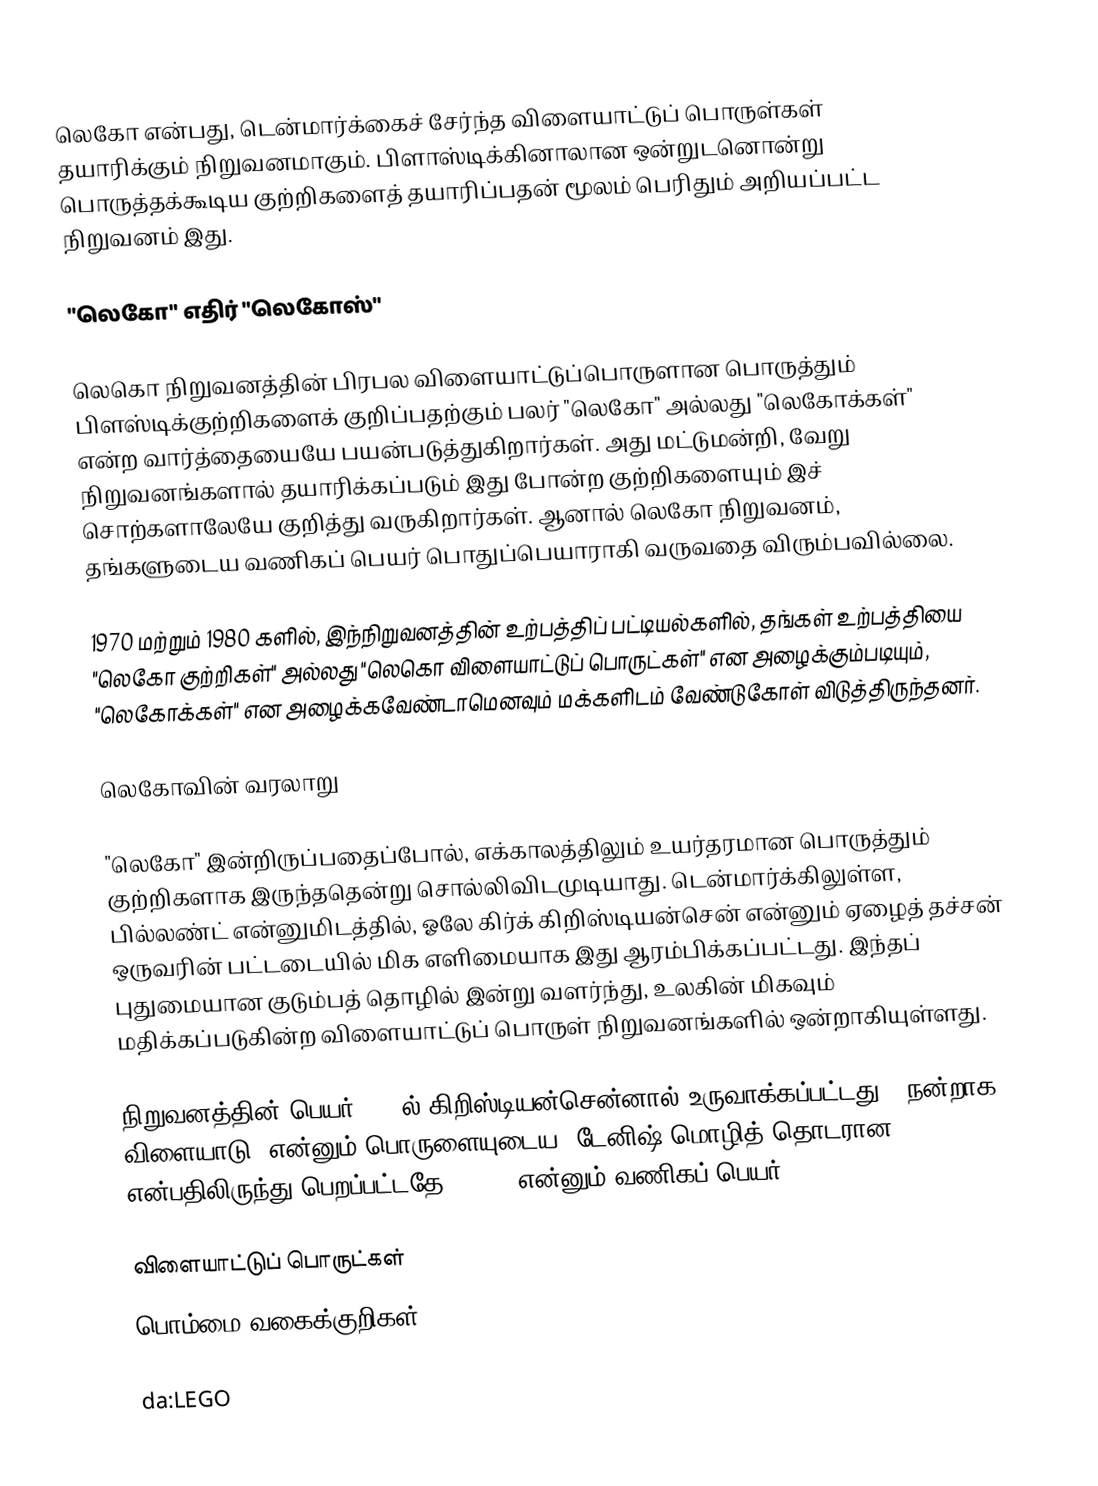
லெகோ என்பது, டென்மார்க்கைச் சேர்ந்த விளையாட்டுப் பொருள்கள் தயாரிக்கும் நிறுவனமாகும். பிளாஸ்டிக்கினாலான ஒன்றுடனொன்று பொருத்தக்கூடிய குற்றிகளைத் தயாரிப்பதன் மூலம் பெரிதும் அறியப்பட்ட நிறுவனம் இது.

"லெகோ" எதிர் "லெகோஸ்"

லெகொ நிறுவனத்தின் பிரபல விளையாட்டுப்பொருளான பொருத்தும் பிளஸ்டிக்குற்றிகளைக் குறிப்பதற்கும் பலர் "லெகோ" அல்லது "லெகோக்கள்" என்ற வார்த்தையையே பயன்படுத்துகிறார்கள். அது மட்டுமன்றி, வேறு நிறுவனங்களால் தயாரிக்கப்படும் இது போன்ற குற்றிகளையும் இச் சொற்களாலேயே குறித்து வருகிறார்கள். ஆனால் லெகோ நிறுவனம், தங்களுடைய வணிகப் பெயர் பொதுப்பெயாராகி வருவதை விரும்பவில்லை.

1970 மற்றும் 1980 களில், இந்நிறுவனத்தின் உற்பத்திப் பட்டியல்களில், தங்கள் உற்பத்தியை "லெகோ குற்றிகள்" அல்லது "லெகொ விளையாட்டுப் பொருட்கள்" என அழைக்கும்படியும், "லெகோக்கள்" என அழைக்கவேண்டாமெனவும் மக்களிடம் வேண்டுகோள் விடுத்திருந்தனர்.

லெகோவின் வரலாறு

"லெகோ" இன்றிருப்பதைப்போல், எக்காலத்திலும் உயர்தரமான பொருத்தும் குற்றிகளாக இருந்ததென்று சொல்லிவிடமுடியாது. டென்மார்க்கிலுள்ள, பில்லண்ட் என்னுமிடத்தில், ஓலே கிர்க் கிறிஸ்டியன்சென் என்னும் ஏழைத் தச்சன் ஒருவரின் பட்டடையில் மிக எளிமையாக இது ஆரம்பிக்கப்பட்டது. இந்தப் புதுமையான குடும்பத் தொழில் இன்று வளர்ந்து, உலகின் மிகவும் மதிக்கப்படுகின்ற விளையாட்டுப் பொருள் நிறுவனங்களில் ஒன்றாகியுள்ளது.

நிறுவனத்தின் பெயர் 1934ல் கிறிஸ்டியன்சென்னால் உருவாக்கப்பட்டது. "நன்றாக விளையாடு" என்னும் பொருளையுடைய, டேனிஷ் மொழித் தொடரான leg godt என்பதிலிருந்து பெறப்பட்டதே "LEGO" என்னும் வணிகப் பெயர்.

விளையாட்டுப் பொருட்கள்
பொம்மை வகைக்குறிகள்

da:LEGO